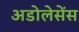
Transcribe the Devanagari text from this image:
अडोलेसेंस